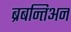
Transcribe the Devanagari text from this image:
ब्रबन्तिअन